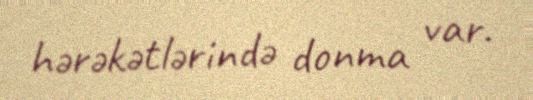
hərəkətlərində donma var.